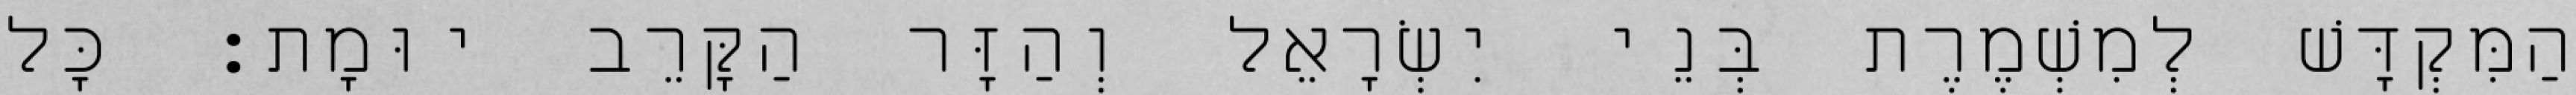
הַמִּקְדָּשׁ לְמִשְׁמֶרֶת בְּנֵי יִשְׂרָאֵל וְהַזָּר הַקָּרֵב יוּמָת׃ כָּל